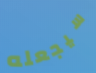
سيجعله